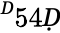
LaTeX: ^Ḋ54Ḍ